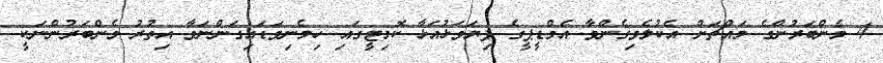
4 މެންބަރުންގެ މައްޗަށް އެކުލެވިގެންވާ އެމްޑީޕީގެ ފިޔަވަޅުއަޅާ ކޮމިޓީގައި ހިމެނިވަޑައިގަންނަވާ އިތުރު މެންބަރުންނަކީ